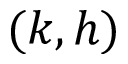
( k , h )